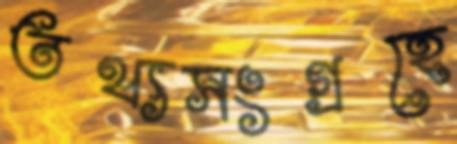
তথ্যসংগ্রহে